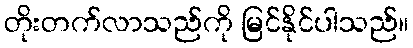
တိုးတက်လာသည်ကို မြင်နိုင်ပါသည်။